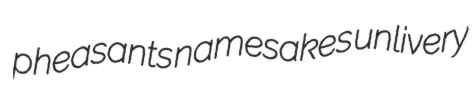
pheasants namesakes unlivery